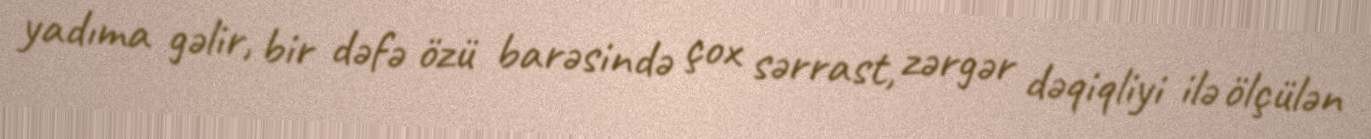
yadıma gəlir, bir dəfə özü barəsində çox sərrast, zərgər dəqiqliyi ilə ölçülən